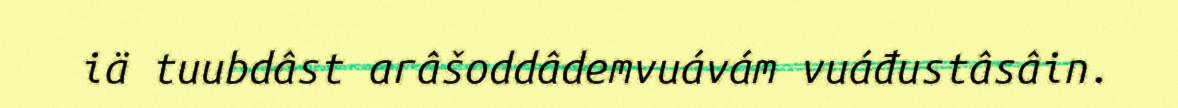
iä tuubdâst arâšoddâdemvuávám vuáđustâsâin.